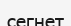
сегнет